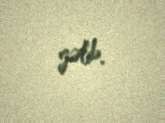
gəlib.